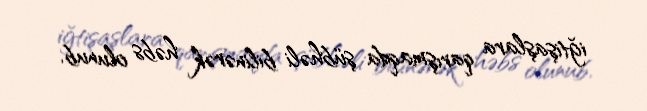
iğtişaşlara qarışmaqda şübhəli bilinərək həbs olunub.